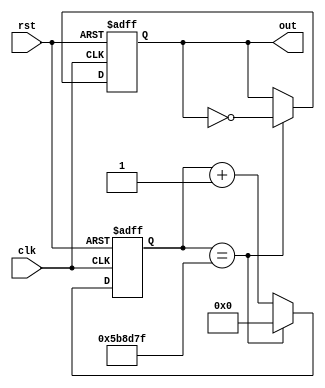
/* Generated by Yosys 0.18 (git sha1 19ce3b45d6a, clang 13.0.0 -fPIC -Os) */

(* dynports =  1  *)
(* src = "clock_divider.v:21.1-53.10" *)
module clock_divider(clk, rst, out);
  (* src = "clock_divider.v:41.5-51.8" *)
  wire [24:0] _0_;
  (* src = "clock_divider.v:49.22-49.31" *)
  (* unused_bits = "25 26 27 28 29 30 31" *)
  wire [31:0] _1_;
  (* src = "clock_divider.v:45.22-45.40" *)
  wire _2_;
  (* src = "clock_divider.v:47.20-47.24" *)
  wire _3_;
  (* src = "clock_divider.v:24.17-24.20" *)
  input clk;
  wire clk;
  (* src = "clock_divider.v:38.25-38.30" *)
  reg [24:0] count;
  (* src = "clock_divider.v:28.17-28.20" *)
  output out;
  reg out;
  (* src = "clock_divider.v:25.17-25.20" *)
  input rst;
  wire rst;
  assign _1_ = count + (* src = "clock_divider.v:49.22-49.31" *) 32'd1;
  (* src = "clock_divider.v:41.5-51.8" *)
  always @(posedge clk, posedge rst)
    if (rst) out <= 1'h0;
    else if (_2_) out <= _3_;
  assign _2_ = count == (* src = "clock_divider.v:45.22-45.40" *) 25'h05b8d7f;
  assign _3_ = ~ (* src = "clock_divider.v:47.20-47.24" *) out;
  (* src = "clock_divider.v:41.5-51.8" *)
  always @(posedge clk, posedge rst)
    if (rst) count <= 25'h0000000;
    else count <= _0_;
  assign _0_ = _2_ ? (* full_case = 32'd1 *) (* src = "clock_divider.v:45.22-45.40|clock_divider.v:45.18-50.12" *) 25'h0000000 : _1_[24:0];
endmodule